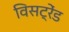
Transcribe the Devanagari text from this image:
विसट्रेंड